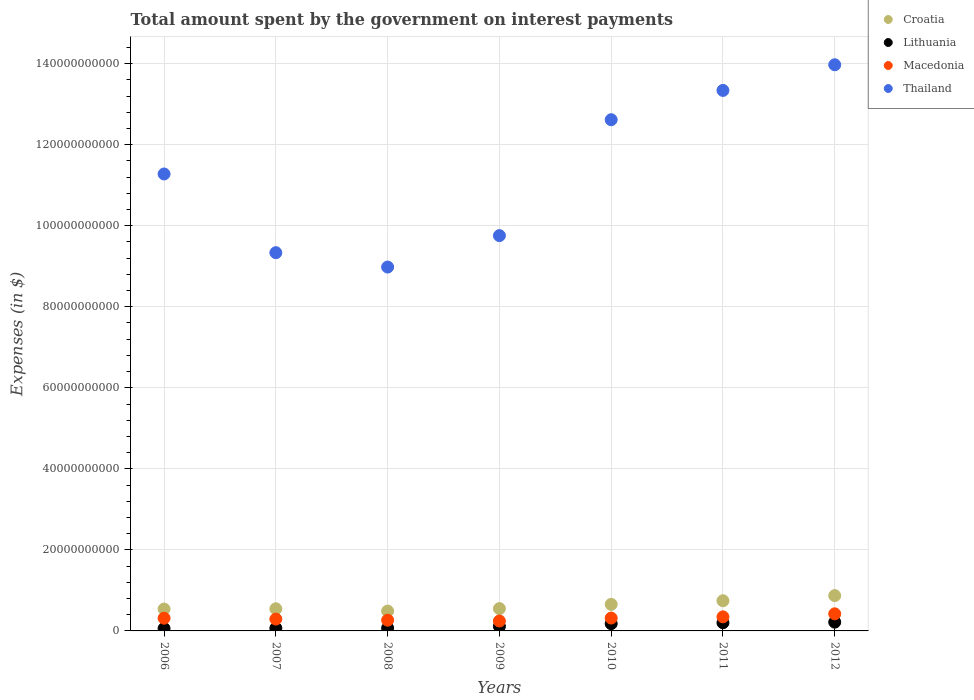
| Years | Croatia | Lithuania | Macedonia | Thailand |
 | --- | --- | --- | --- | --- |
 | 2006 | 5.4e+09 | 6e+08 | 3.14e+09 | 1.13e+11 |
 | 2007 | 5.46e+09 | 6.70e+08 | 2.92e+09 | 9.33e+10 |
 | 2008 | 4.9e+09 | 7.02e+08 | 2.65e+09 | 8.98e+10 |
 | 2009 | 5.51e+09 | 1.13e+09 | 2.44e+09 | 9.76e+10 |
 | 2010 | 6.55e+09 | 1.79e+09 | 3.17e+09 | 1.26e+11 |
 | 2011 | 7.44e+09 | 2.01e+09 | 3.47e+09 | 1.33e+11 |
 | 2012 | 8.71e+09 | 2.16e+09 | 4.22e+09 | 1.4e+11 |